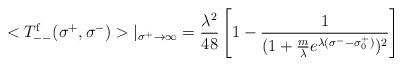
LaTeX: \begin{align*}<T^{\rm f}_{--} (\sigma^+, \sigma^-)>|_{\sigma^+ \rightarrow \infty} =\frac{\lambda^2}{48} \left[ 1 - \frac{1}{(1+ \frac{m}{\lambda} e^{\lambda (\sigma^- - \sigma^+_0 )})^2 } \right]\end{align*}